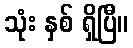
သုံး နှစ် ရှိပြီ။